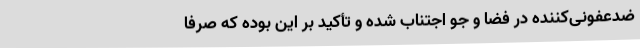
ضدعفونی‌کننده در فضا و جو اجتناب شده و تأکید بر این بوده که صرفاً